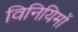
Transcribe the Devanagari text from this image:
विनियिमों